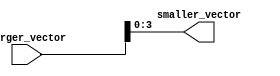
module part_select_example (
    input [7:0] larger_vector,
    output [3:0] smaller_vector
);

assign smaller_vector = larger_vector[3:0];

endmodule